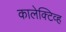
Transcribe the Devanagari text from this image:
कालेक्टिव्ह